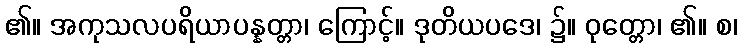
၏။ အကုသလပရိယာပန္နတ္တာ၊ ကြောင့်။ ဒုတိယပဒေ၊ ၌။ ဝုတ္တော၊ ၏။ စ၊